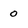
Character: 0